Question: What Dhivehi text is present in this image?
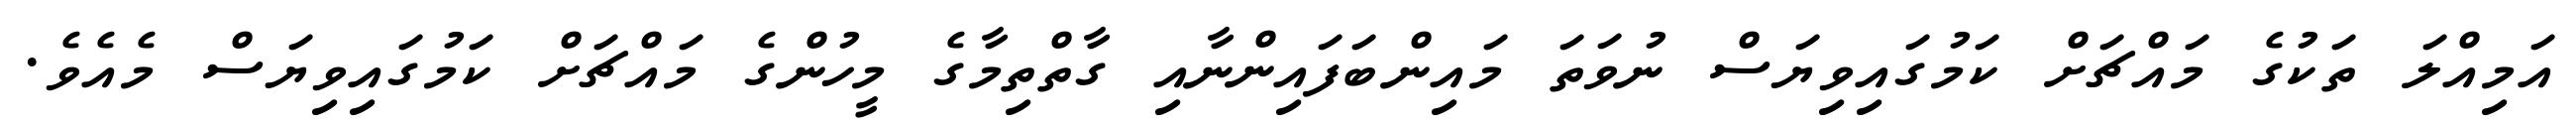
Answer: އަމިއްލަ ތަކުގެ މައްޗަށް ކަމުގައިވިޔަސް ނުވަތަ މައިންބަފައިންނާއި ގާތްތިމާގެ މީހުންގެ މައްޗަށް ކަމުގައިވިޔަސް މެއެވެ.